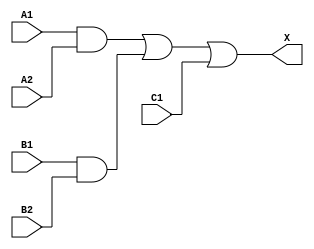
module sky130_fd_sc_hd__a221o_2 (
    X ,
    A1,
    A2,
    B1,
    B2,
    C1
);
    output X ;
    input  A1;
    input  A2;
    input  B1;
    input  B2;
    input  C1;
    wire and0_out ;
    wire and1_out ;
    wire or0_out_X;
    and and0 (and0_out , B1, B2                );
    and and1 (and1_out , A1, A2                );
    or  or0  (or0_out_X, and1_out, and0_out, C1);
    buf buf0 (X        , or0_out_X             );
endmodule